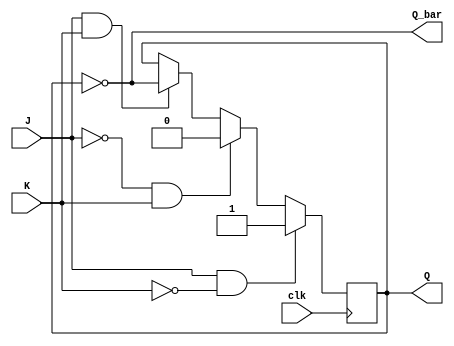
module JK_flipflop (
    input J, 
    input K, 
    input clk,
    output reg Q,
    output reg Q_bar
);

always @(posedge clk) begin
    if (J & !K) 
        Q <= 1;
    else if (!J & K) 
        Q <= 0;
    else if (J & K) 
        Q <= ~Q;
end

assign Q_bar = ~Q;

endmodule